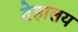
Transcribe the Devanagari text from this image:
देहालय